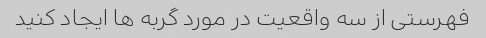
فهرستی از سه واقعیت در مورد گربه ها ایجاد کنید